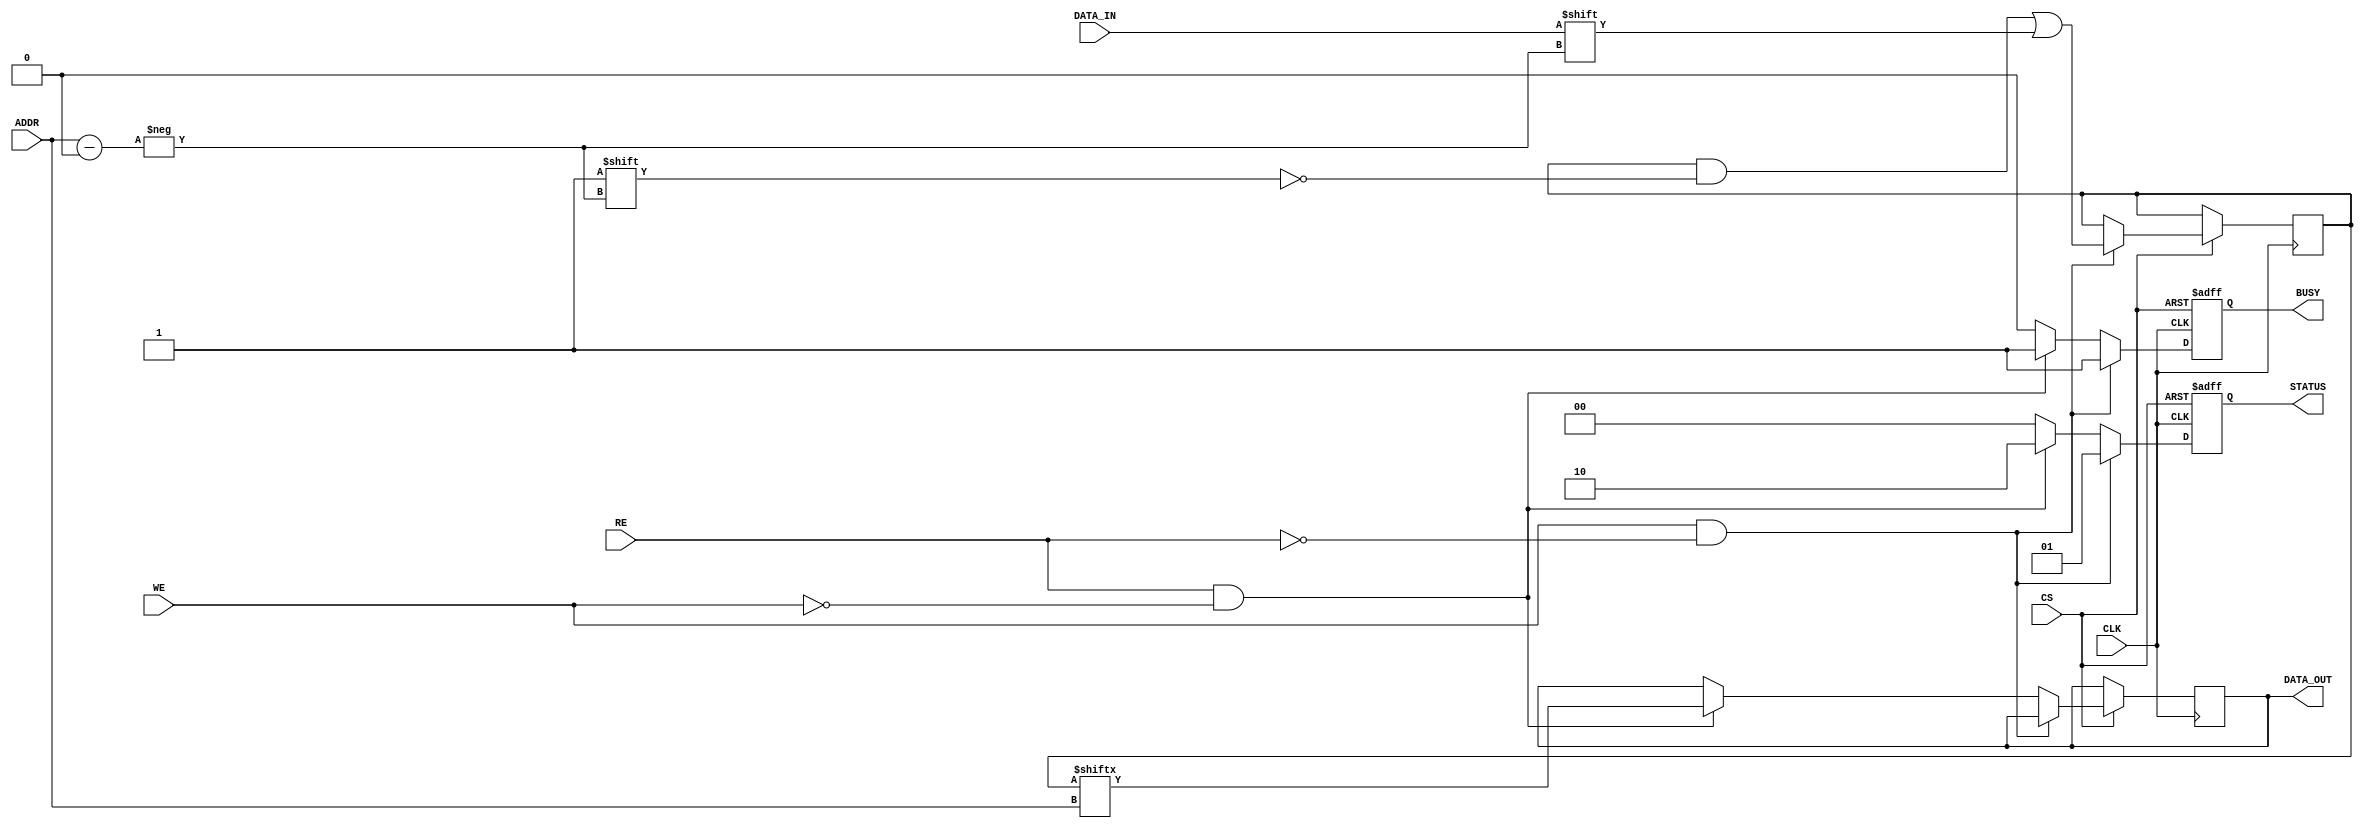
module slc_eeprom_io (
    input wire [ADDR_WIDTH-1:0] ADDR,        // Address Input
    input wire DATA_IN,                       // Data Input
    input wire WE,                            // Write Enable
    input wire RE,                            // Read Enable
    input wire CS,                            // Chip Select
    input wire CLK,                           // Clock
    output reg DATA_OUT,                      // Data Output
    output reg BUSY,                          // Busy Indicator
    output reg [1:0] STATUS                   // Status Signal
);
    
    parameter ADDR_WIDTH = 8;                 // Define address width
    parameter MEMORY_DEPTH = 256;             // Number of memory cells
    reg [MEMORY_DEPTH-1:0] memory;            // Memory array (1-bit per cell)
    reg [ADDR_WIDTH-1:0] current_addr;        // Current address for read/write
    
    initial begin
        memory = 0;                          // Initialize memory to zero
        BUSY = 0;                            // Initially not busy
        STATUS = 2'b00;                      // Initially no status (idle)
    end

    always @(posedge CLK or negedge CS) begin
        if (!CS) begin
            // Chip is deselected, enter low power mode
            BUSY <= 0;
            STATUS <= 2'b00;
        end else begin
            if (WE && !RE) begin
                // Write operation
                current_addr <= ADDR;
                memory[ADDR] <= DATA_IN;     // Write data to memory
                BUSY <= 1;
                STATUS <= 2'b01;             // Write operation successful
            end else if (RE && !WE) begin
                // Read operation
                current_addr <= ADDR;
                DATA_OUT <= memory[ADDR];    // Read data from memory
                BUSY <= 1;
                STATUS <= 2'b10;             // Read operation successful
            end else begin
                BUSY <= 0;                    // No operation
                STATUS <= 2'b00;              // Idle state
            end
        end
    end

    // Optional: This can be extended for write protection and error detection
    // Implementing write protection logic
    // You can add conditions to prevent writes based on specific signals
    // e.g., if (write_protect_signal) ...

endmodule